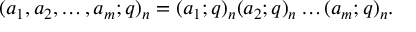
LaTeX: \displaystyle ( a _ { 1 } , a _ { 2 } , \ldots , a _ { m } ; q ) _ { n } = ( a _ { 1 } ; q ) _ { n } ( a _ { 2 } ; q ) _ { n } \ldots ( a _ { m } ; q ) _ { n } .